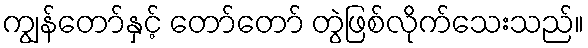
ကျွန်တော်နှင့် တော်တော် တွဲဖြစ်လိုက်သေးသည်။